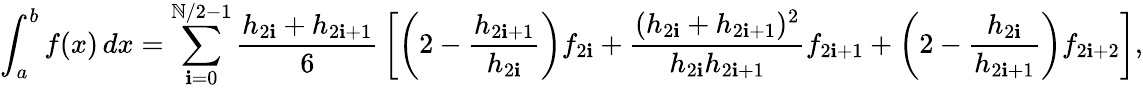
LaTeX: \int_{a}^{b}f(x)\, dx=\sum_{\mathbf{i}=0}^{\mathbb{N}/2-1}{\frac{{h_{2\mathbf{i}}+h_{2\mathbf{i}+1}}}{{6}}}\left[\left(2-{\frac{{h_{2\mathbf{i}+1}}}{{h_{2\mathbf{i}}}}}\right)f_{2\mathbf{i}}+{\frac{{(h_{2\mathbf{i}}+h_{2\mathbf{i}+1})^{2}}}{{h_{2\mathbf{i}}h_{2\mathbf{i}+1}}}}f_{2\mathbf{i}+1}+\left(2-{\frac{{h_{2\mathbf{i}}}}{{h_{2\mathbf{i}+1}}}}\right)f_{2\mathbf{i}+2}\right],